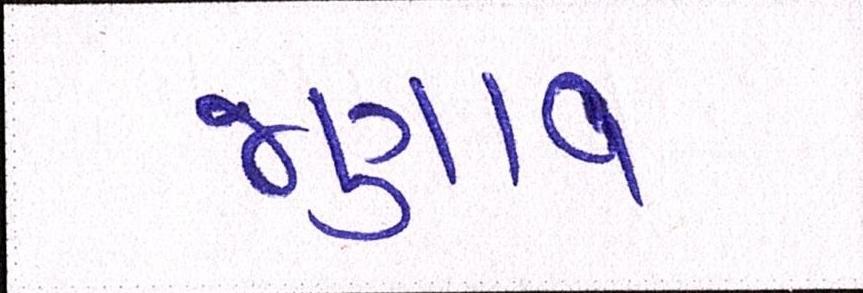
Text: જણાવ